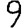
Digit: 9